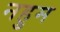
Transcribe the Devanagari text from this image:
नहुम